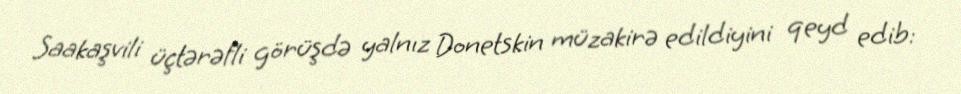
Saakaşvili üçtərəfli görüşdə yalnız Donetskin müzakirə edildiyini qeyd edib: